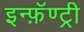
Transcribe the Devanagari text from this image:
इन्फ़ॅण्ट्री